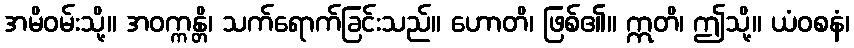
အမိဝမ်းသို့။ အဝက္ကန္တိ၊ သက်ရောက်ခြင်းသည်။ ဟောတိ၊ ဖြစ်၏။ ဣတိ၊ ဤသို့။ ယံဝစနံ၊